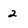
Character: 2